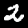
Digit: 2